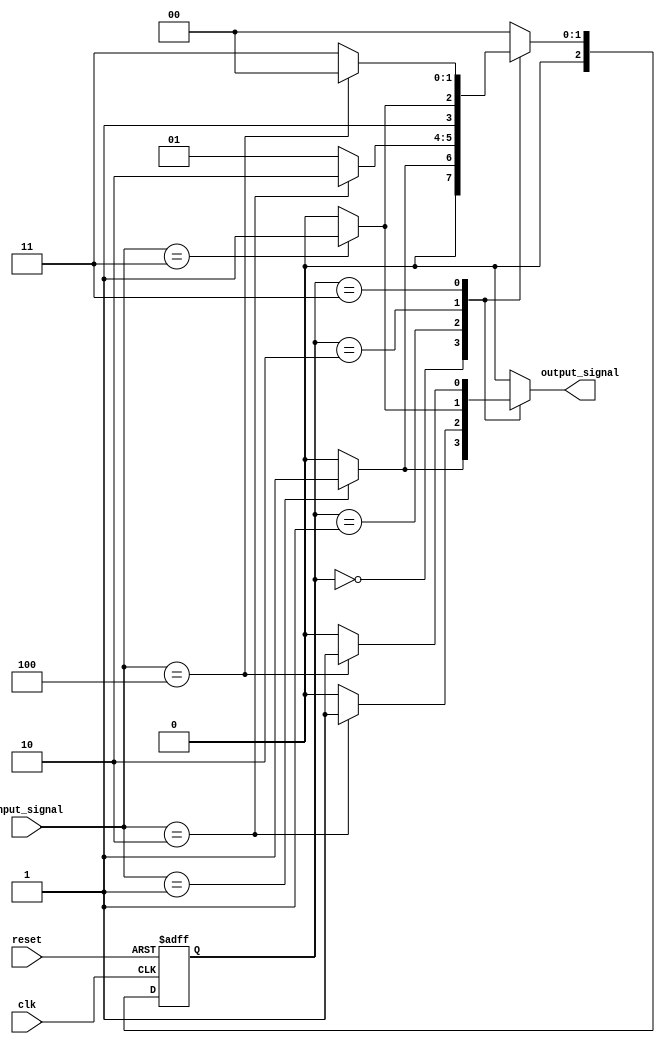
module MealyFSM #(parameter N = 3, parameter NUM_STATES = (1 << N)) (
    input wire clk,
    input wire reset,
    input wire [N-1:0] input_signal,  // Input signals that affect state transition and output
    output reg output_signal           // Mealy output signal
);

// State Register
reg [N-1:0] current_state;
reg [N-1:0] next_state;

// State Encoding (example encoding: binary)
localparam STATE_0 = 3'b000; // State 0
localparam STATE_1 = 3'b001; // State 1
localparam STATE_2 = 3'b010; // State 2
localparam STATE_3 = 3'b011; // State 3

// Combinational Logic for State Transition
always @(*) begin
    case (current_state)
        STATE_0: begin
            if (input_signal == 3'b001) begin
                next_state = STATE_1;
                output_signal = 1; // Example output for transition
            end else begin
                next_state = STATE_0;
                output_signal = 0;
            end
        end
        
        STATE_1: begin
            if (input_signal == 3'b010) begin
                next_state = STATE_2;
                output_signal = 1; 
            end else begin
                next_state = STATE_1;
                output_signal = 0;
            end
        end
        
        STATE_2: begin
            if (input_signal == 3'b011) begin
                next_state = STATE_3;
                output_signal = 1; 
            end else begin
                next_state = STATE_2;
                output_signal = 0;
            end
        end
        
        STATE_3: begin
            if (input_signal == 3'b100) begin
                next_state = STATE_0; // Loop back to state 0
                output_signal = 1; 
            end else begin
                next_state = STATE_3;
                output_signal = 0;
            end
        end

        default: begin
            next_state = STATE_0;
            output_signal = 0;
        end
    endcase
end

// Sequential Logic for State Update
always @(posedge clk or posedge reset) begin
    if (reset) begin
        current_state <= STATE_0; // Asynchronous reset to initial state
    end else begin
        current_state <= next_state; // Update state on clock edge
    end
end

endmodule